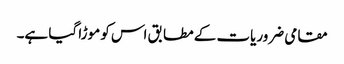
مقامی ضروریات کے مطابق اس کو موڑا گیا ہے۔